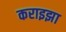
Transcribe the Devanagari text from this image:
कराइझा